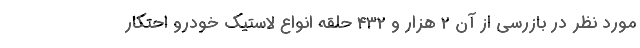
مورد نظر در بازرسی از آن ۲ هزار و ۴۳۲ حلقه انواع لاستیک خودرو احتکار